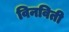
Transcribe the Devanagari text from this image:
विनविती